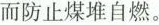
而防止煤堆自燃。